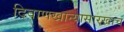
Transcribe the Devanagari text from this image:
दिवाणखान्यासारखाच